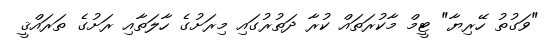
"ވަގުތު ހޭރިޔާ" ޓީމް މާކުރަތައް ކުރާ ދަތުރުގައި މިރަށުގެ ހާލަތާއި ރަށުގެ ތަރައްޤީ